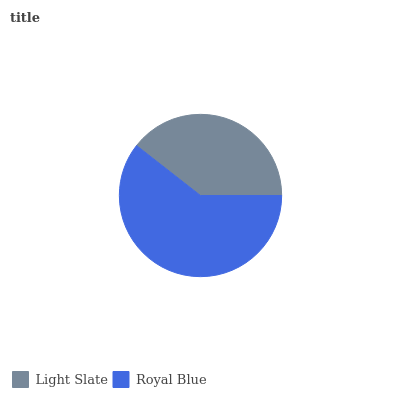
| Light Slate | Royal Blue |
 | --- | --- |
 | 39.5% | 60.5% |